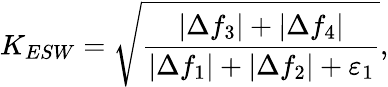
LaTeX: K_{ESW}=\sqrt{\frac{\left|\Delta f_{3}\right|+\left|\Delta f_{4}\right|}{\left|\Delta f_{1}\right|+\left|\Delta f_{2}\right|+\varepsilon_{1}}},